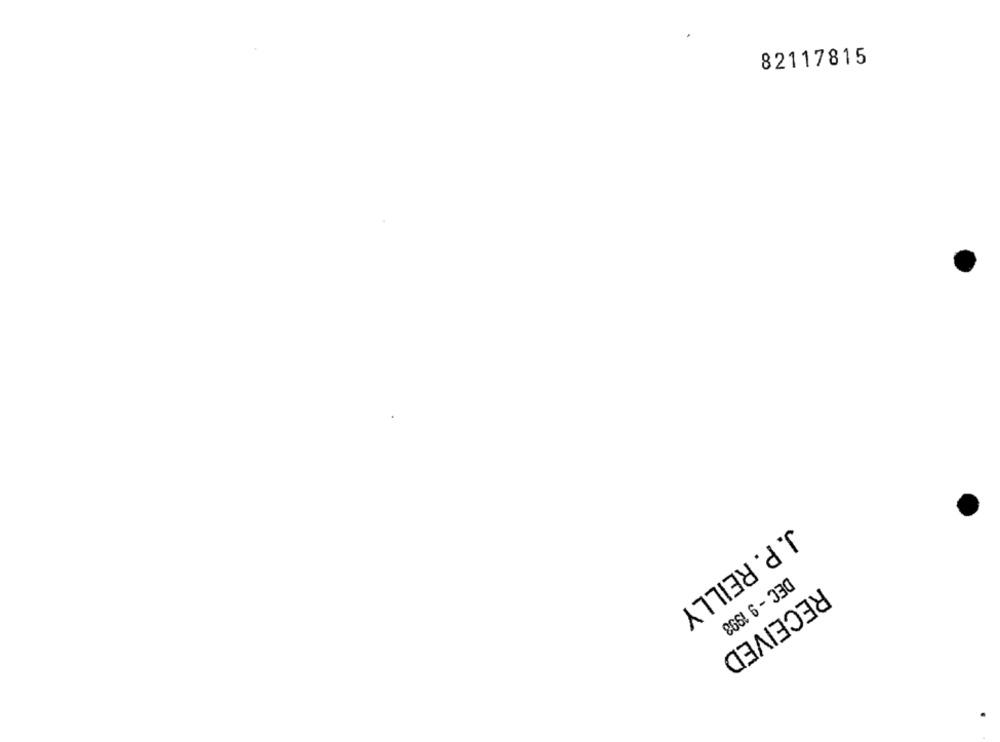
82117815
J. P. REILLY
DEC - 9 1993
RECEIVED